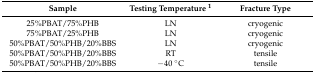
<table><thead><tr><td><b>Sample</b></td><td><b>Testing Temperature <sup>1</sup></b></td><td><b>Fracture Type</b></td></tr></thead><tbody><tr><td>25%PBAT/75%PHB </td><td>LN</td><td>cryogenic</td></tr><tr><td>75%PBAT/25%PHB </td><td>LN</td><td>cryogenic</td></tr><tr><td>50%PBAT/50%PHB/20%BBS</td><td>LN</td><td>cryogenic</td></tr><tr><td>50%PBAT/50%PHB/20%BBS</td><td>RT</td><td>tensile</td></tr><tr><td>50%PBAT/50%PHB/20%BBS</td><td>−40 °C</td><td>tensile</td></tr></tbody></table>